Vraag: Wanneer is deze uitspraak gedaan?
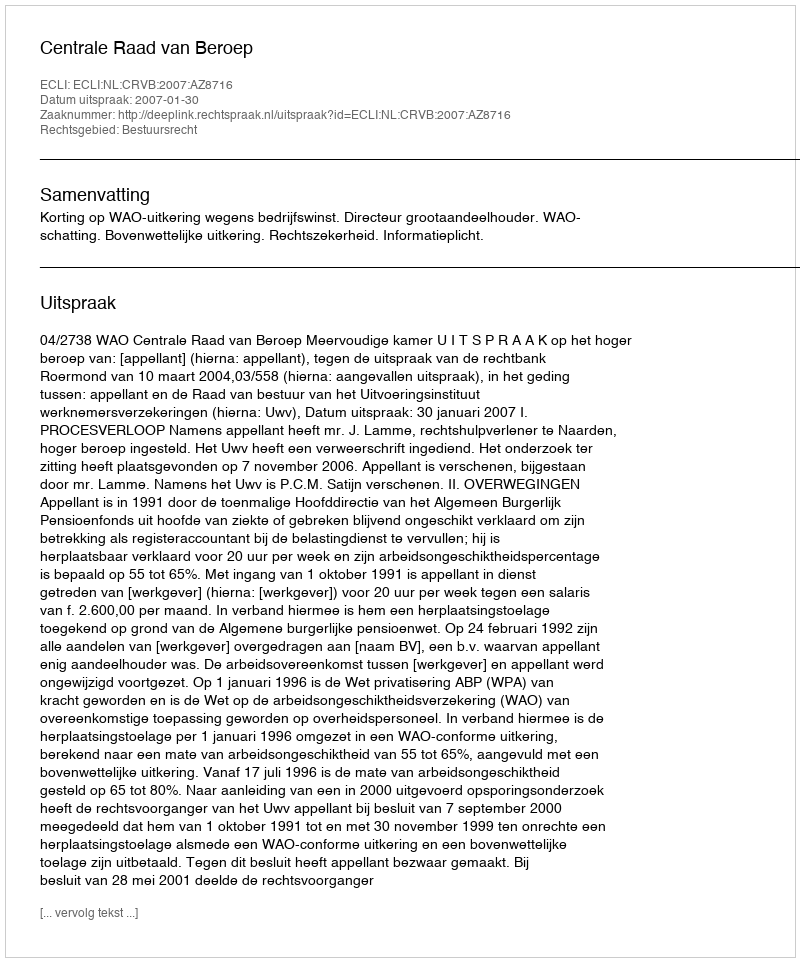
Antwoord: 2007-01-30